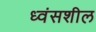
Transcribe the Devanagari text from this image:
ध्वंसशील